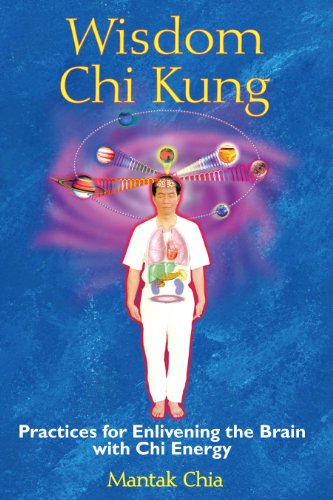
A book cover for Wisdom Chi Kung: Practices for Enlivening the Brain with Chi Energy; Mantak Chia; Religion & Spirituality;